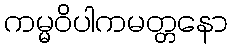
ကမ္မဝိပါကမတ္တနော